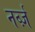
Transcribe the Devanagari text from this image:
नर्व्ज़